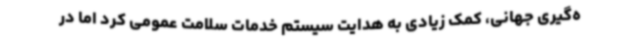
ه‌گیری جهانی، کمک زیادی به هدایت سیستم خدمات سلامت عمومی کرد اما در